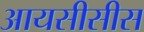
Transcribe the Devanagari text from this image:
आयसीसीस